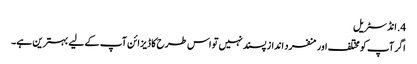
4. ​انڈسٹریل
اگر آپ کو مختلف اور منفرد انداز پسند نہیں تو اس طرح کا ڈیزائن آپ کے لیے بہترین ہے۔